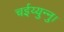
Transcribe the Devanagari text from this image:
चईय्युन्नु।